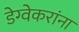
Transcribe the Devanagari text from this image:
डेग्वेकरांना